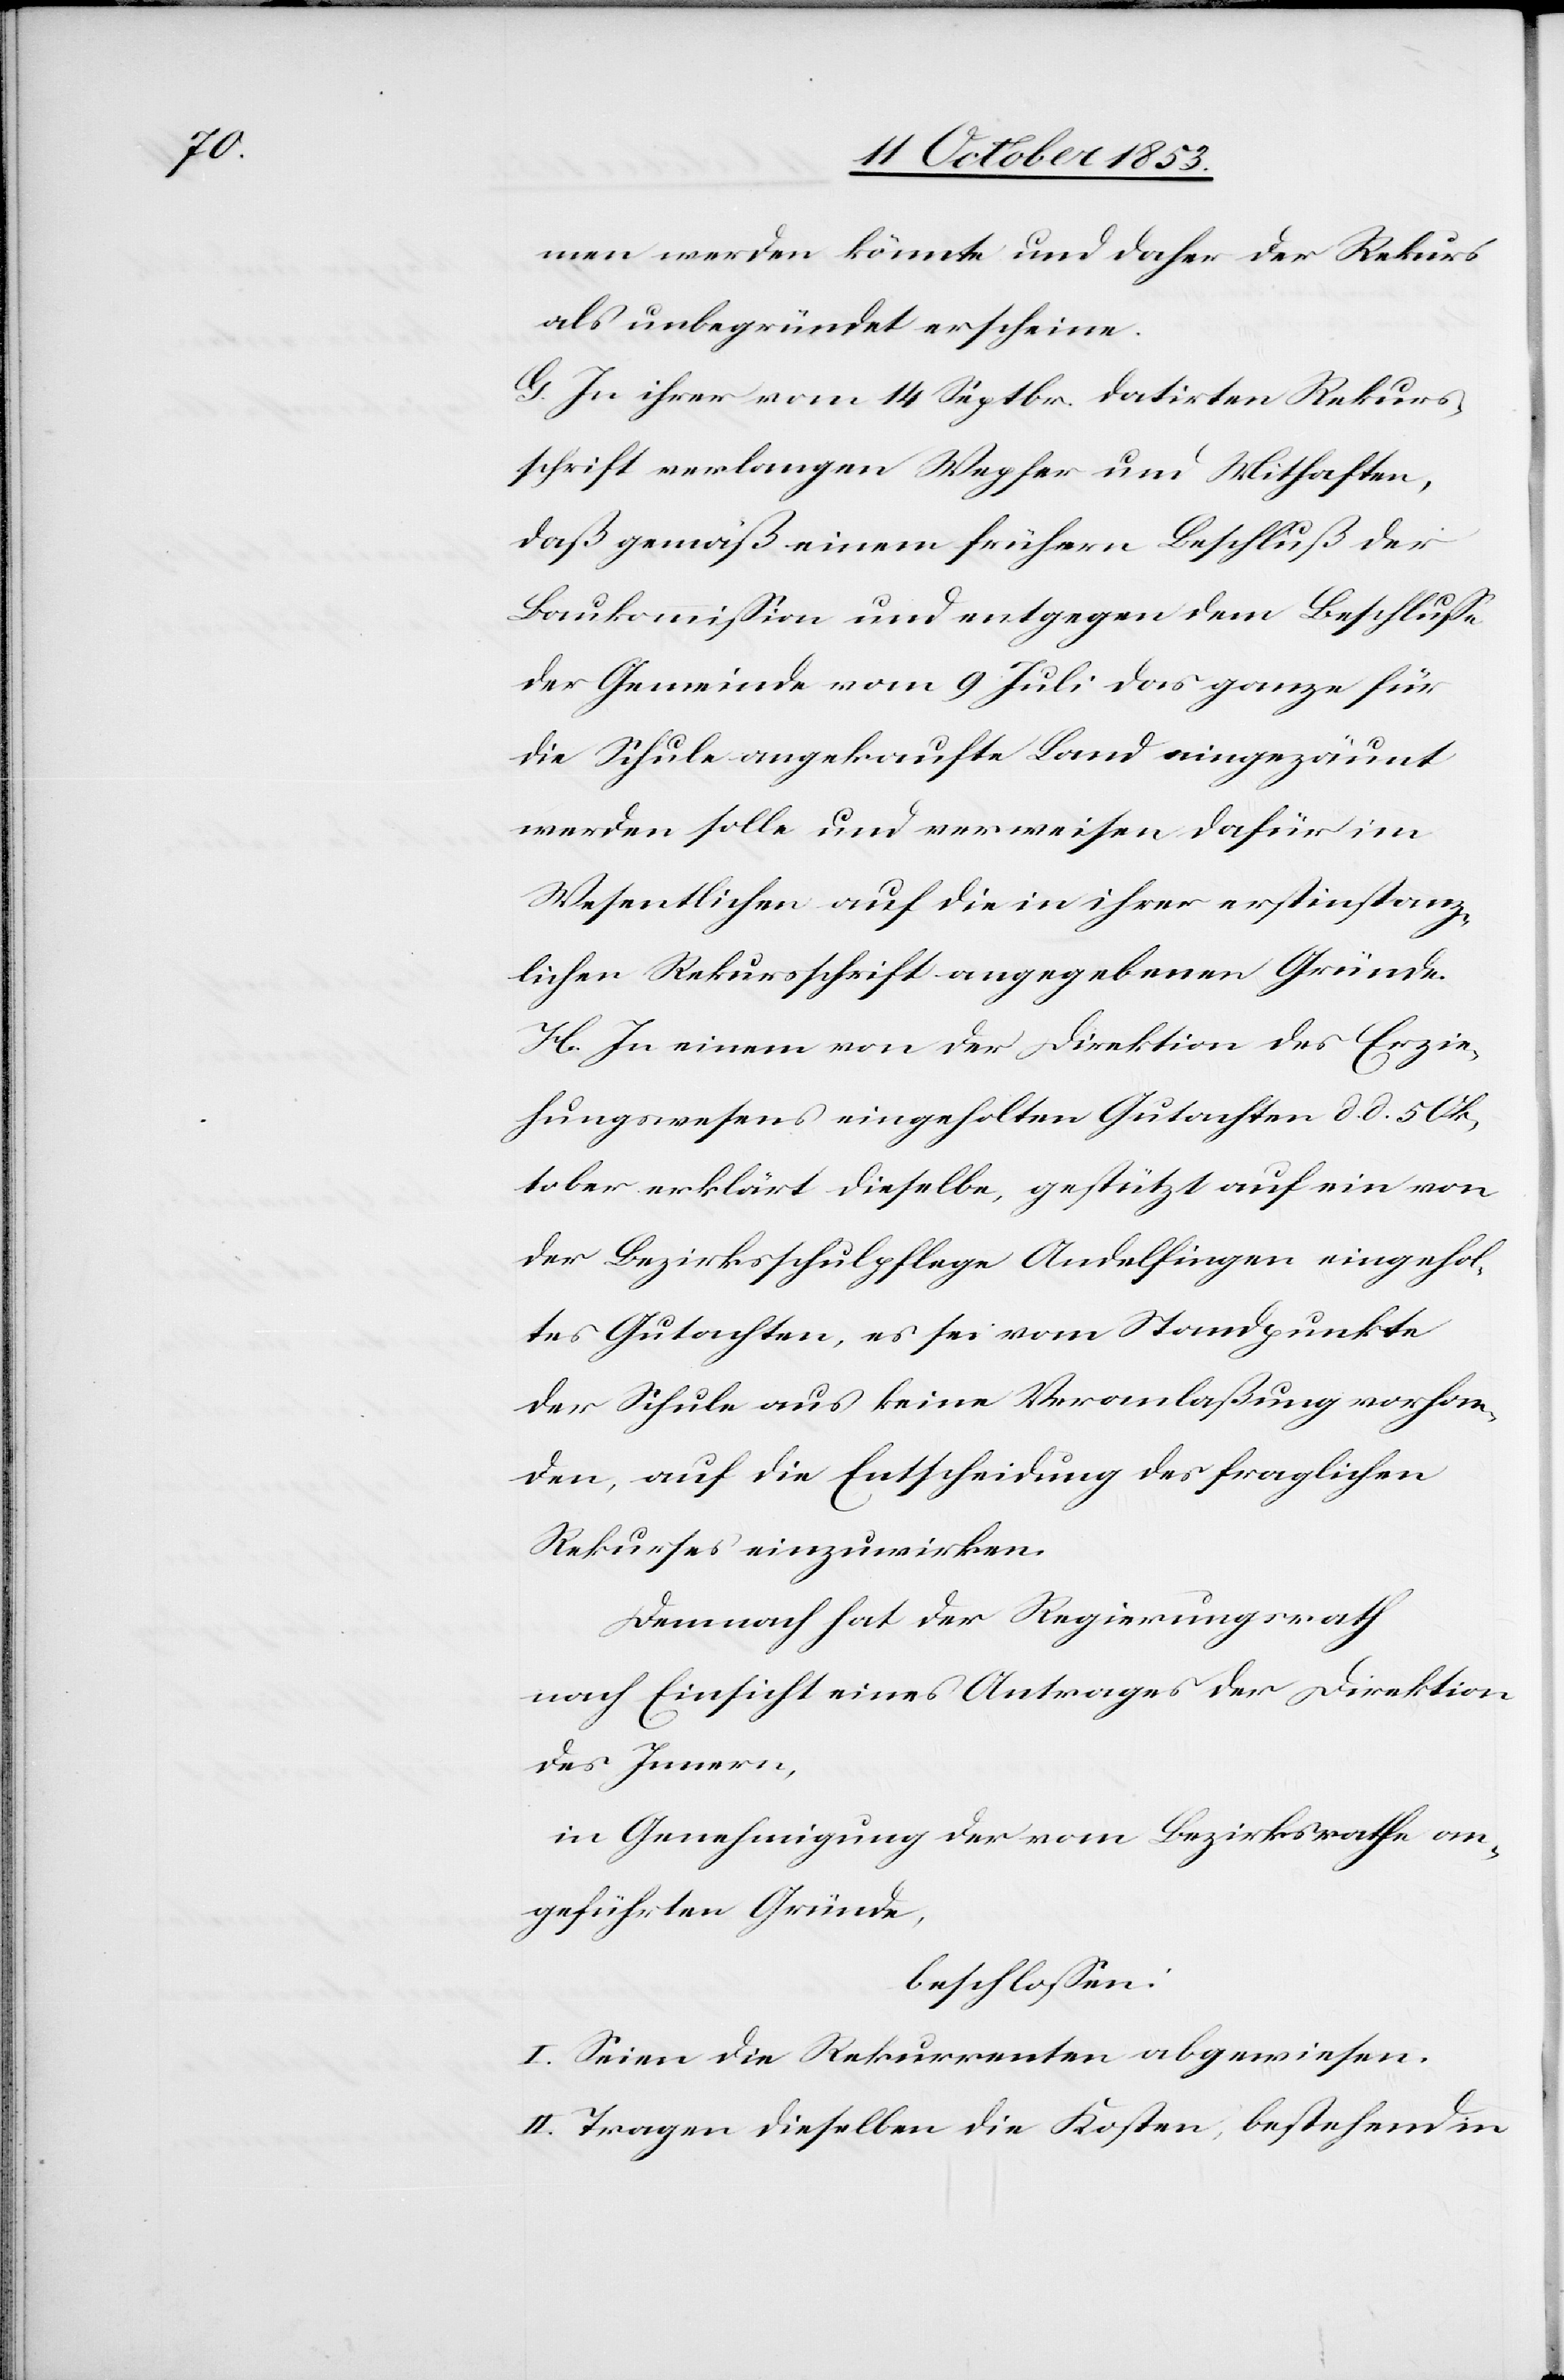
men werden könnte und daher der Rekurs
als unbegründet erscheine.
G. In ihrer vom 14 Septbr. datirten Rekurs¬
schrift verlangen Wepfer und Mithaften,
daß gemäß einem frühern Beschluß der
Baukommißion und entgegen dem Beschluße
der Gemeinde vom 9 Juli das ganze für
die Schule angekaufte Land eingezäunt
werden solle und verweisen dafür im
Wesentlichen auf die in ihrer erstinstanz¬
lichen Rekursschrift angegebenen Gründe.
H. In einem von der Direktion des Erzie¬
hungswesens eingeholten Gutachten d. d. 5 Ok¬
tober erklärt dieselbe gestützt auf ein von
der Bezirksschulpflege Andelfingen eingehol¬
tes Gutachten, es sei vom Standpunkte
der Schule aus keine Veranlaßung vorhan¬
den, auf die Entscheidung des fraglichen
Rekurses einzuwirken.
Demnach hat der Regierungsrath
nach Einsicht eines Antrages der Direktion
des Innern,
in Genehmigung der vom Bezirksrathe an¬
geführten Gründe,
beschloßen:
I. Seien die Rekurrenten abgewiesen.
II. Tragen dieselben die Kosten, bestehend in